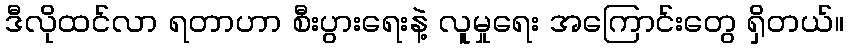
ဒီလိုထင်လာ ရတာဟာ စီးပွားရေးနဲ့ လူမှုရေး အကြောင်းတွေ ရှိတယ်။